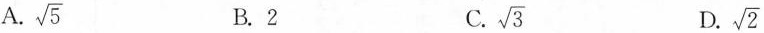
A. \sqrt{5} B.2 C. \sqrt{3} D. \sqrt{2}